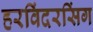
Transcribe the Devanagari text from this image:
हरविंदरसिंग